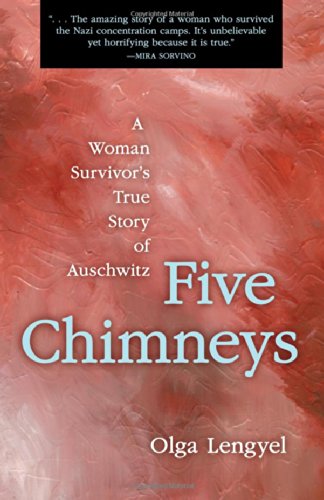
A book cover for Five Chimneys: A Woman Survivor's True Story of Auschwitz; Olga Lengyel; Biographies & Memoirs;